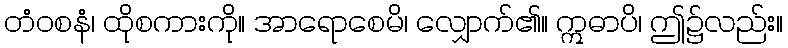
တံဝစနံ၊ ထိုစကားကို။ အာရောစေမိ၊ လျှောက်၏။ ဣဓာပိ၊ ဤ၌လည်း။